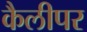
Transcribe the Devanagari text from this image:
कैलीपर